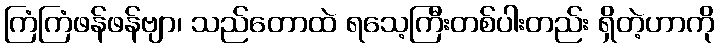
ကြံကြံဖန်ဖန်ဗျာ၊ သည်တောထဲ ရသေ့ကြီးတစ်ပါးတည်း ရှိတဲ့ဟာကို